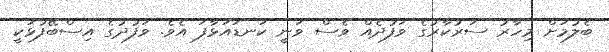
ބެލުމަށް މިހާރު ސަރުކާރުގެ ވަފުދެއް ވެސް ވަނީ ކަނޑައަޅާފަ އެވެ. ވަފުދުގެ އިސްބޭފުޅަކީ